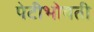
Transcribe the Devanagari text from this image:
पेटीभोवती